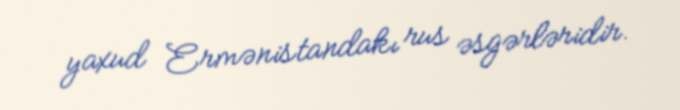
yaxud Ermənistandakı rus əsgərləridir.